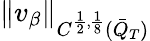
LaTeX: \| v_{\beta}\| _{C^{\frac{1}{2},\frac{1}{8}}(\bar{Q}_{T})}